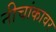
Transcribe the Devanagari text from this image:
नीचांकावर